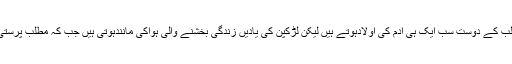
لڑکپن کے دوست اور مطلب کے دوست سب ایک ہی آدم کی اولادہوتے ہیں لیکن لڑکپن کی یادیں زندگی بخشنے والی ہواکی مانندہوتی ہیں جب کہ مطلب پرستی میں انسان کادم گھٹتاہے۔